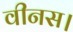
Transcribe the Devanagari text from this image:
वीनस।